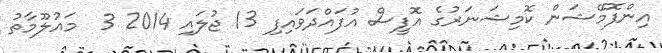
އިންފޮމޭޝަން ކޮމިޝަނަރުގެ އޮފީސް އުފައްދަވައިފި 13 ޖުލައި 2014 3  މައުލޫމާތު